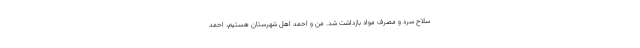
سلاح سرد و مصرف مواد بازداشت شد. من و احمد اهل شهرستان هستیم، احمد